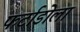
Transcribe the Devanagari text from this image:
फर्टाडोला